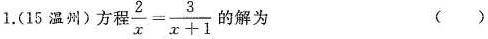
1.(15温州)方程 $$\frac{2}{x}= \frac{3}{x+1}$$ 的解为 ( )